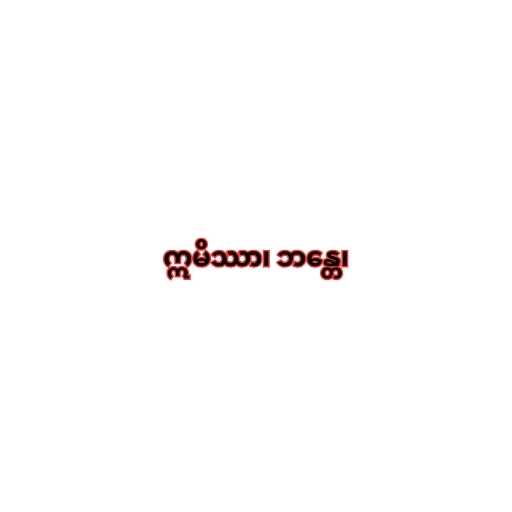
ဣမိဿာ၊ ဘန္တေ၊